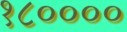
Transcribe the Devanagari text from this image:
१८००००